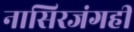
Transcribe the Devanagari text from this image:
नासिरजंगही